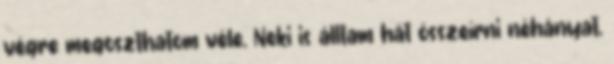
végre megoszthatom véle. Neki is álltam hát összeírni néhányat,